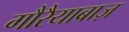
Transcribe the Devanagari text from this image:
गौरैयाबाज़